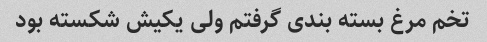
تخم مرغ بسته بندی گرفتم ولی یکیش شکسته بود